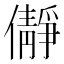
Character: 𫣺